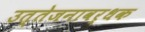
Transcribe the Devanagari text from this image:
उत्तेजनावर्धक